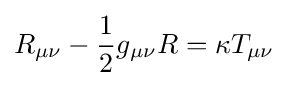
R_{\mu \nu }-{1 \over 2}g_{\mu \nu }R=\kappa T_{\mu \nu }